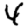
Digit: 4